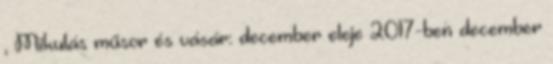
, Mikulás műsor és vásár: december eleje 2017-ben december